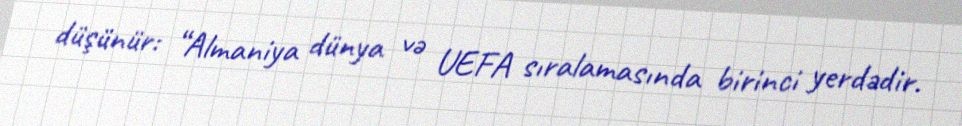
düşünür: “Almaniya dünya və UEFA sıralamasında birinci yerdədir.